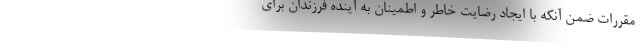
مقررات ضمن آنکه با ایجاد رضایت خاطر و اطمینان به آینده فرزندان برای